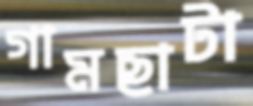
গামছাটা